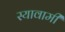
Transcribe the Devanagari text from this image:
स्यावामी